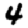
Digit: 4